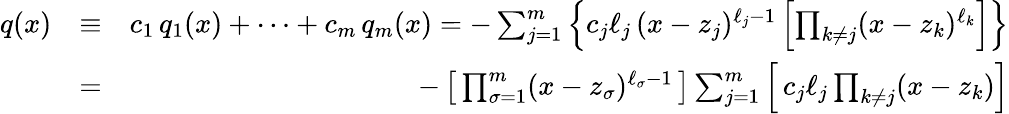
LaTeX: \begin{array}{rlr}{q(x)}&{\equiv}&{c_{1}\, q_{1}(x)+\cdots+c_{m}\, q_{m}(x)=-\sum_{j=1}^{m}\left\{ c_{j}\ell_{j}\, (x-z_{j})^{\ell_{j}-1}\left[\prod_{k\neq j}(x-z_{k})^{\ell_{k}}\right]\right\} }\\ &{=}&{-\left[\, \prod_{\sigma=1}^{m}(x-z_{\sigma})^{\ell_{\sigma}-1}\, \right]\sum_{j=1}^{m}\left[\, c_{j}\ell_{j}\prod_{k\neq j}(x-z_{k})\right]}\end{array}